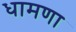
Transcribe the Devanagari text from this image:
धामणा